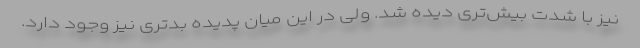
نیز با شدت بیش‌تری دیده شد. ولی در این میان پدیده بدتری نیز وجود دارد.